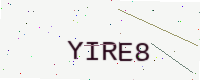
Text: YIRE8